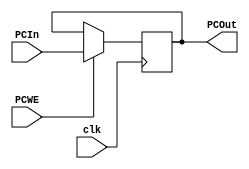
`timescale 1ns / 1ps
// Program Counter
module PC(
    input clk,
    input PCWE, // Program Counter Write Enable
    input [31:0] PCIn,
    output reg [31:0] PCOut
    );
    
    initial begin // Initial PC to 0 on startup
        PCOut = 500;
    end
    
    always@(posedge clk) begin
        if (PCWE) begin
            PCOut <= PCIn; // Assign next PC
        end
    end 
endmodule